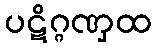
ပဋိဂ္ဂဏှထ